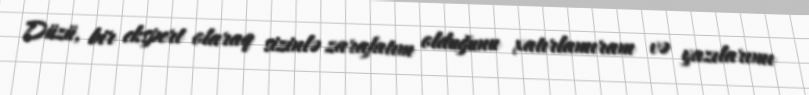
Düzü, bir ekspert olaraq sizinlə zarafatım olduğunu xatırlamıram və yazılarımı